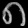
Digit: ၈